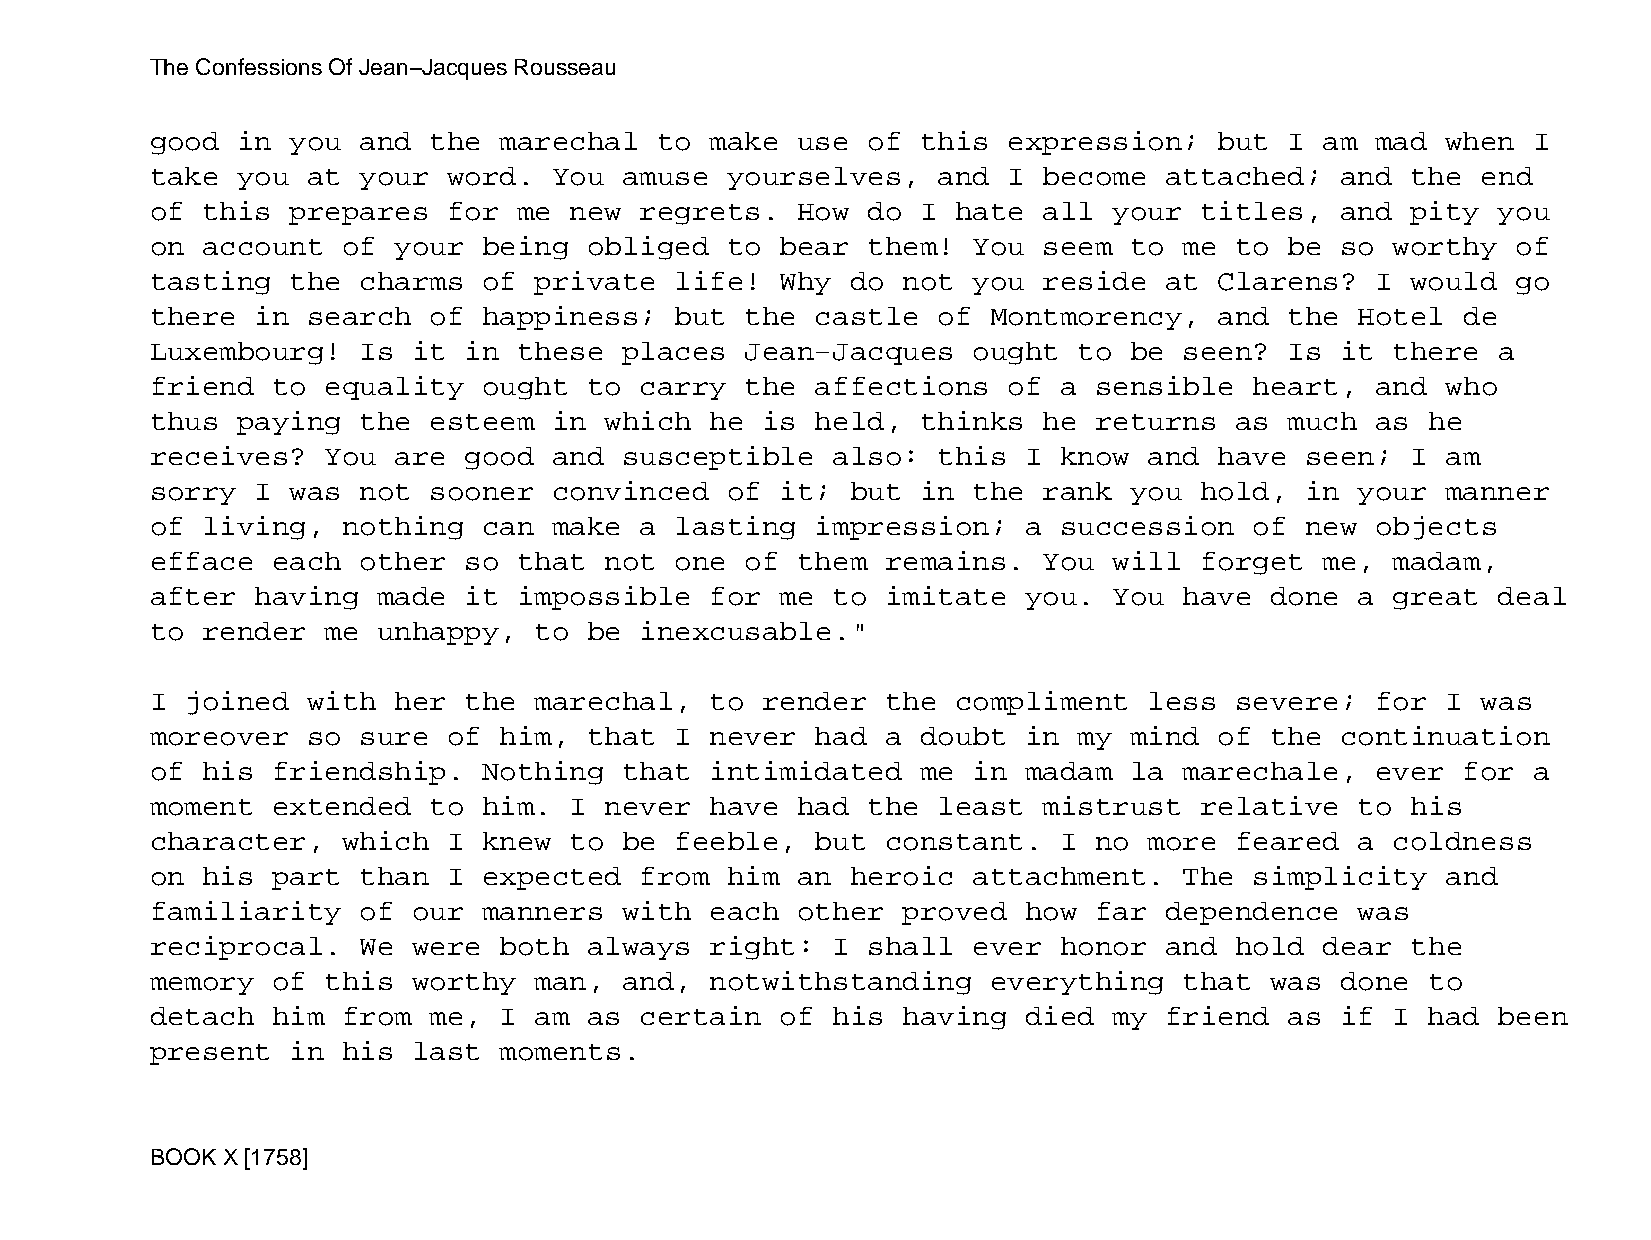
The Confessions Of Jean−Jacques Rousseau
 good  in you  and the  marechal   to make  use of  this  expression;   but I  am mad  when I
 take  you at  your  word.  You amuse  yourselves,   and  I become  attached;   and the  end
 of this  prepares   for me  new regrets.   How do  I hate  all  your titles,   and pity  you
 on account   of your  being  obliged  to  bear them!  You  seem  to me  to be  so worthy  of
 tasting  the  charms  of private   life!  Why do  not you  reside  at  Clarens?  I would  go
 there  in search  of  happiness;   but the  castle  of  Montmorency,   and the  Hotel  de
 Luxembourg!   Is it  in these  places  Jean−Jacques   ought  to  be seen?  Is  it there  a
 friend  to  equality  ought  to carry  the  affections   of a sensible   heart,  and  who
 thus  paying  the esteem   in which  he is  held,  thinks  he returns   as much  as  he
 receives?   You are  good  and susceptible   also:  this  I know  and  have seen;  I  am
 sorry  I was  not sooner   convinced  of  it; but  in the  rank  you hold,  in  your  manner
 of living,   nothing  can  make a  lasting  impression;   a succession   of new  objects
 efface  each  other  so that  not  one of  them  remains.  You  will forget   me, madam,
 after  having  made  it impossible   for  me to  imitate  you.  You have  done  a great  deal
 to render   me unhappy,  to  be inexcusable."
 I joined  with  her  the marechal,   to render   the compliment   less  severe;  for  I was
 moreover  so  sure  of him,  that  I never  had  a doubt  in my  mind  of the  continuation
 of his  friendship.   Nothing  that  intimidated   me in  madam  la marechale,   ever  for a
 moment  extended  to  him.  I never  have  had the  least  mistrust  relative   to his
 character,   which  I knew  to be  feeble,  but  constant.  I no  more  feared  a coldness
 on his  part  than  I expected  from  him  an heroic  attachment.   The  simplicity   and
 familiarity   of our  manners  with  each  other  proved  how far  dependence   was
 reciprocal.   We were  both  always  right:  I shall  ever  honor  and  hold  dear the
 memory  of  this worthy  man,  and,  notwithstanding    everything  that  was  done  to
 detach  him  from me,  I am  as certain   of his  having  died  my friend  as  if I  had been
 present  in  his last  moments.
 BOOK X [1758]